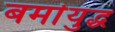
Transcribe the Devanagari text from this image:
बर्मायुद्ध